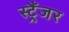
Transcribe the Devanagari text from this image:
स्ट्रैंजर